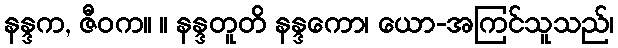
နန္ဒက, ဇီဝက။ ။ နန္ဒတူတိ နန္ဒကော၊ ယော-အကြင်သူသည်၊